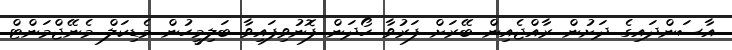
އާސަންދައިގެ ދަށުން ރާއްޖެއިން ބޭރަށް ފަރުވާ ހޯދަން ފޮނުވިފައިވާ ބަލިމީހުން މެޑިކަލް މެނޭޖްމަންޓް